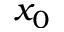
x _ { 0 }